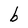
Character: b